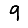
Digit: 9